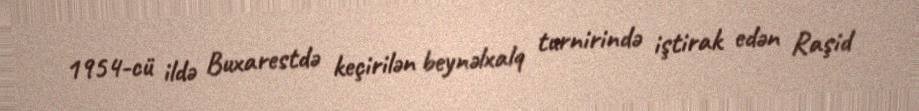
1954-cü ildə Buxarestdə keçirilən beynəlxalq turnirində iştirak edən Raşid